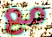
مع